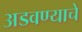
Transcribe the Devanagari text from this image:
अडवण्याचे